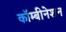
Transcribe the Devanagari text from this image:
कॉम्बीनेशन